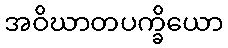
အဝိဃာတပက္ခိယော